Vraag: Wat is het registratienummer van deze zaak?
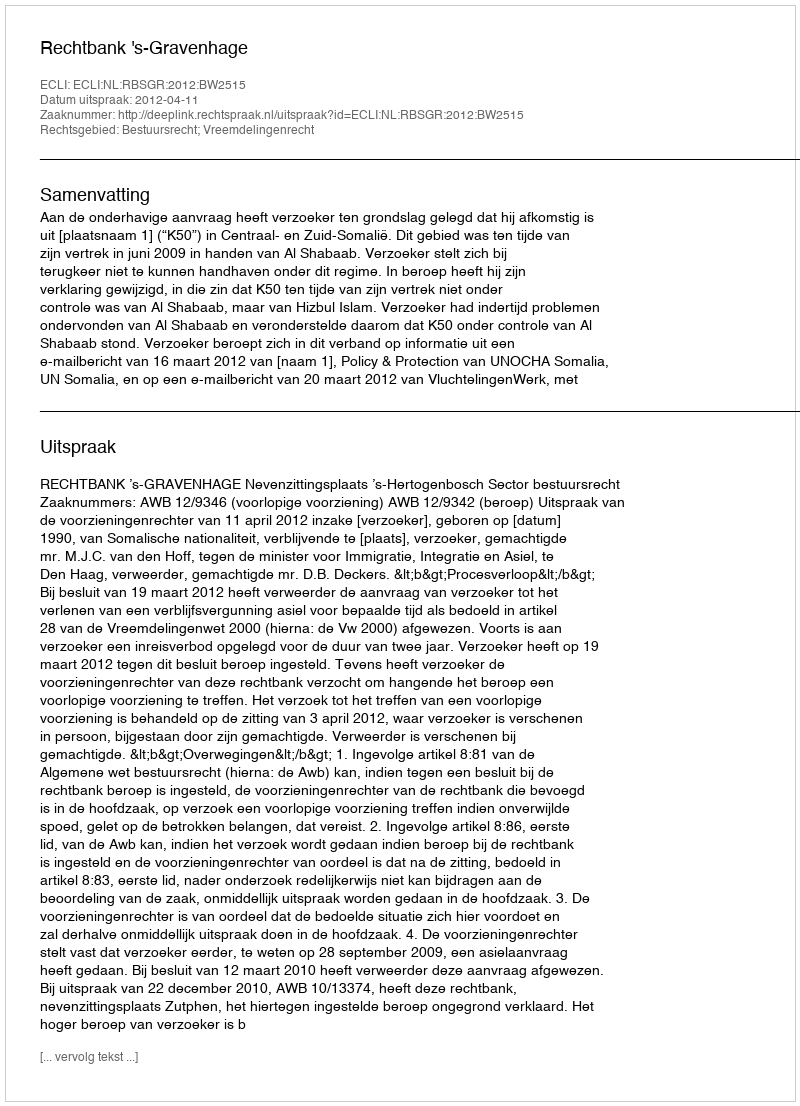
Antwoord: http://deeplink.rechtspraak.nl/uitspraak?id=ECLI:NL:RBSGR:2012:BW2515